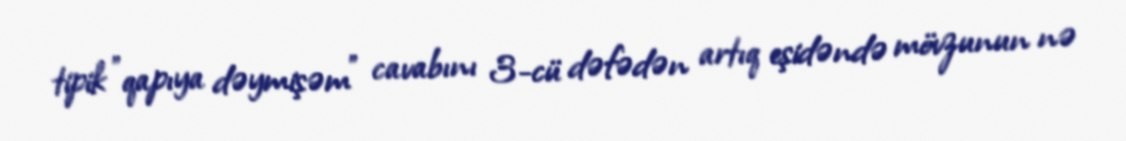
tipik "qapıya dəymişəm" cavabını 3-cü dəfədən artıq eşidəndə mövzunun nə